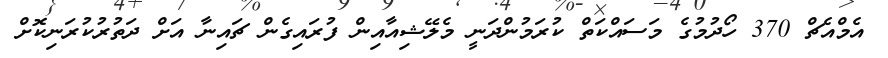
އެމްއެޗް 370 ހޯދުމުގެ މަސައްކަތް ކުރަމުންދަނީ މެލޭޝިއާއިން ފުރައިގެން ޗައިނާ އަށް ދަތުރުކުރަނިކޮށް